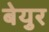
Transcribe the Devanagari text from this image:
बेयुर